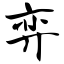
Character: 弈